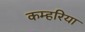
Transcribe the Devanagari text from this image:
कम्हरिया